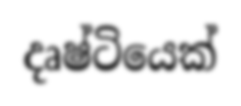
දෘෂ්ටියෙක්